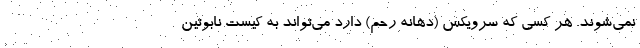
نمی‌شوند. هر کسی که سرویکس (دهانه رحم) دارد می‌تواند به کیست نابوتین